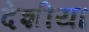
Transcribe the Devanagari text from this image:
देशीया